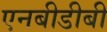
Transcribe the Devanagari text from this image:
एनबीडीबी